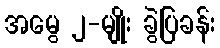
အမွေ ၂-မျိုး ခွဲပြခန်း